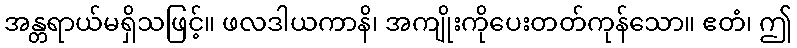
အန္တရာယ်မရှိသဖြင့်။ ဖလဒါယကာနိ၊ အကျိုးကိုပေးတတ်ကုန်သော။ ဧတံ၊ ဤ